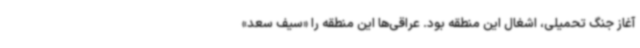
آغاز جنگ تحمیلی، اشغال این منطقه بود. عراقی‌ها این منطقه را «سیف سعد»